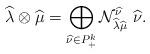
\begin{align*}\widehat{\lambda} \otimes \widehat{\mu} =\bigoplus_{\widehat{\nu} \in P_+^k} {\cal N}_{\widehat{\lambda}\widehat{\mu}}^{\widehat{\nu}}\ \widehat{\nu}.\end{align*}